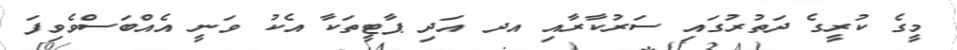
މީގެ ކުރީގެ ދަތުރުގައި ސަރުކާރާއި އދ އަދި ޕާޓީތަކާ އެކު ވަނީ އެއްބަސްވެވިފަ